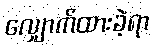
လျှောက်ထားခဲ့ရာ